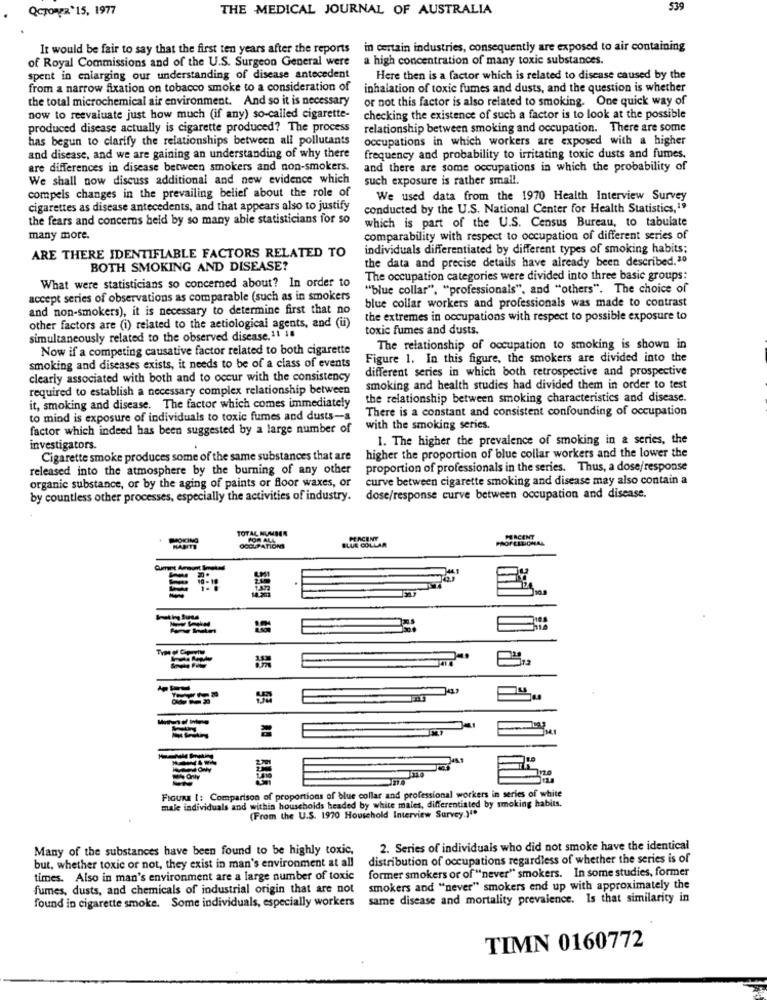
QCTORER' 15, 1977
THE MEDICAL JOURNAL OF AUSTRALIA
539
It would be fair to say that the first ten years after the reports
in certain industries, consequently are exposed to air containing
of Royal Commissions and of the U.S. Surgeon General were
a high concentration of many toxic substances.
spent in enlarging our understanding of disease antecedent
Here then is a factor which is related to disease caused by the
from a narrow fixation on tobacco smoke to a consideration of
inhalation of toxic fumes and dusts, and the question is whether
the total microchemical air environment. And so it is necessary
or not this factor is also related to smoking. One quick way of
now to reevaluate just how much (if any) so-called cigarette-
checking the existence of such a factor is to look at the possible
produced disease actually is cigarette produced? The process
relationship between smoking and occupation. There are some
has begun to clarify the relationships between all pollutants
occupations in which workers are exposed with a higher
and disease, and we are gaining an understanding of why there
frequency and probability to irritating toxic dusts and fumes.
are differences in disease between smokers and non-smokers.
and there are some occupations in which the probability of
We shall now discuss additional and new evidence which
such exposure is rather small.
compels changes in the prevailing belief about the role of
We used data from the 1970 Health Interview Survey
cigarettes as disease antecedents, and that appears also to justify
conducted by the U.S. National Center for Health Statistics,19
the fears and concerns held by so many able statisticians for so
which is part of the U.S. Census Bureau, to tabulate
many more.
comparability with respect to occupation of different series of
individuals differentiated by different types of smoking habits;
ARE THERE IDENTIFIABLE FACTORS RELATED TO
the data and precise details have already been described.20
BOTH SMOKING AND DISEASE?
The occupation categories were divided into three basic groups:
What were statisticians so concerned about? In order to
"blue collar", "professionals", and "others". The choice of
accept series of observations as comparable (such as in smokers
blue collar workers and professionals was made to contrast
and non-smokers), it is necessary to determine first that no
the extremes in occupations with respect to possible exposure to
other factors are (i) related to the actiological agents, and (u)
toxic fumes and dusts.
simultaneously related to the observed disease, 11 1
Now if a competing causative factor related to both cigarette
The relationship of occupation to smoking is shown in
Figure 1. In this figure, the smokers are divided into the
smoking and diseases exists, it needs to be of a class of events
different series in which both retrospective and prospective
clearly associated with both and to occur with the consistency
required to establish a necessary complex relationship between
smoking and health studies had divided them in order to test
the relationship between smoking characteristics and disease.
it, smoking and disease. The factor which comes immediately
There is a constant and consistent confounding of occupation
to mind is exposure of individuals to toxic fumes and dusts-a
factor which indeed has been suggested by a large number of
with the smoking series.
1. The higher the prevalence of smoking in a series, the
investigators.
Cigarette smoke produces some of the same substances that are
higher the proportion of blue collar workers and the lower the
released into the atmosphere by the burning of any other
proportion of professionals in the series. Thus, a dose/response
curve between cigarette smoking and disease may also contain a
organic substance, or by the aging of paints or floor waxes, or
by countless other processes, especially the activities of industry.
dose/response curve between occupation and disease.
TOTAL NUMBER
FOR ALA
PROF LESICHAL
OCCUPATIONS
BLUE COLLAR
FiGura [: Comparison of proportions of blue collar and professional workers in series of white
male individuals and within households headed by white males, differentiated by smoking habits.
(From the U.S. 1970 Household Interview Survey.)""
Many of the substances have been found to be highly toxic,
2. Series of individuals who did not smoke have the identical
but, whether toxic or not, they exist in man's environment at all
distribution of occupations regardless of whether the series is of
former smokers or of "never" smokers. In some studies, former
times. Also in man's environment are a large number of toxic
fumes, dusts, and chemicals of industrial origin that are not
smokers and "never" smokers end up with approximately the
found in cigarette smoke. Some individuals, especially workers
same disease and mortality prevalence. Is that similarity in
TIMN 0160772